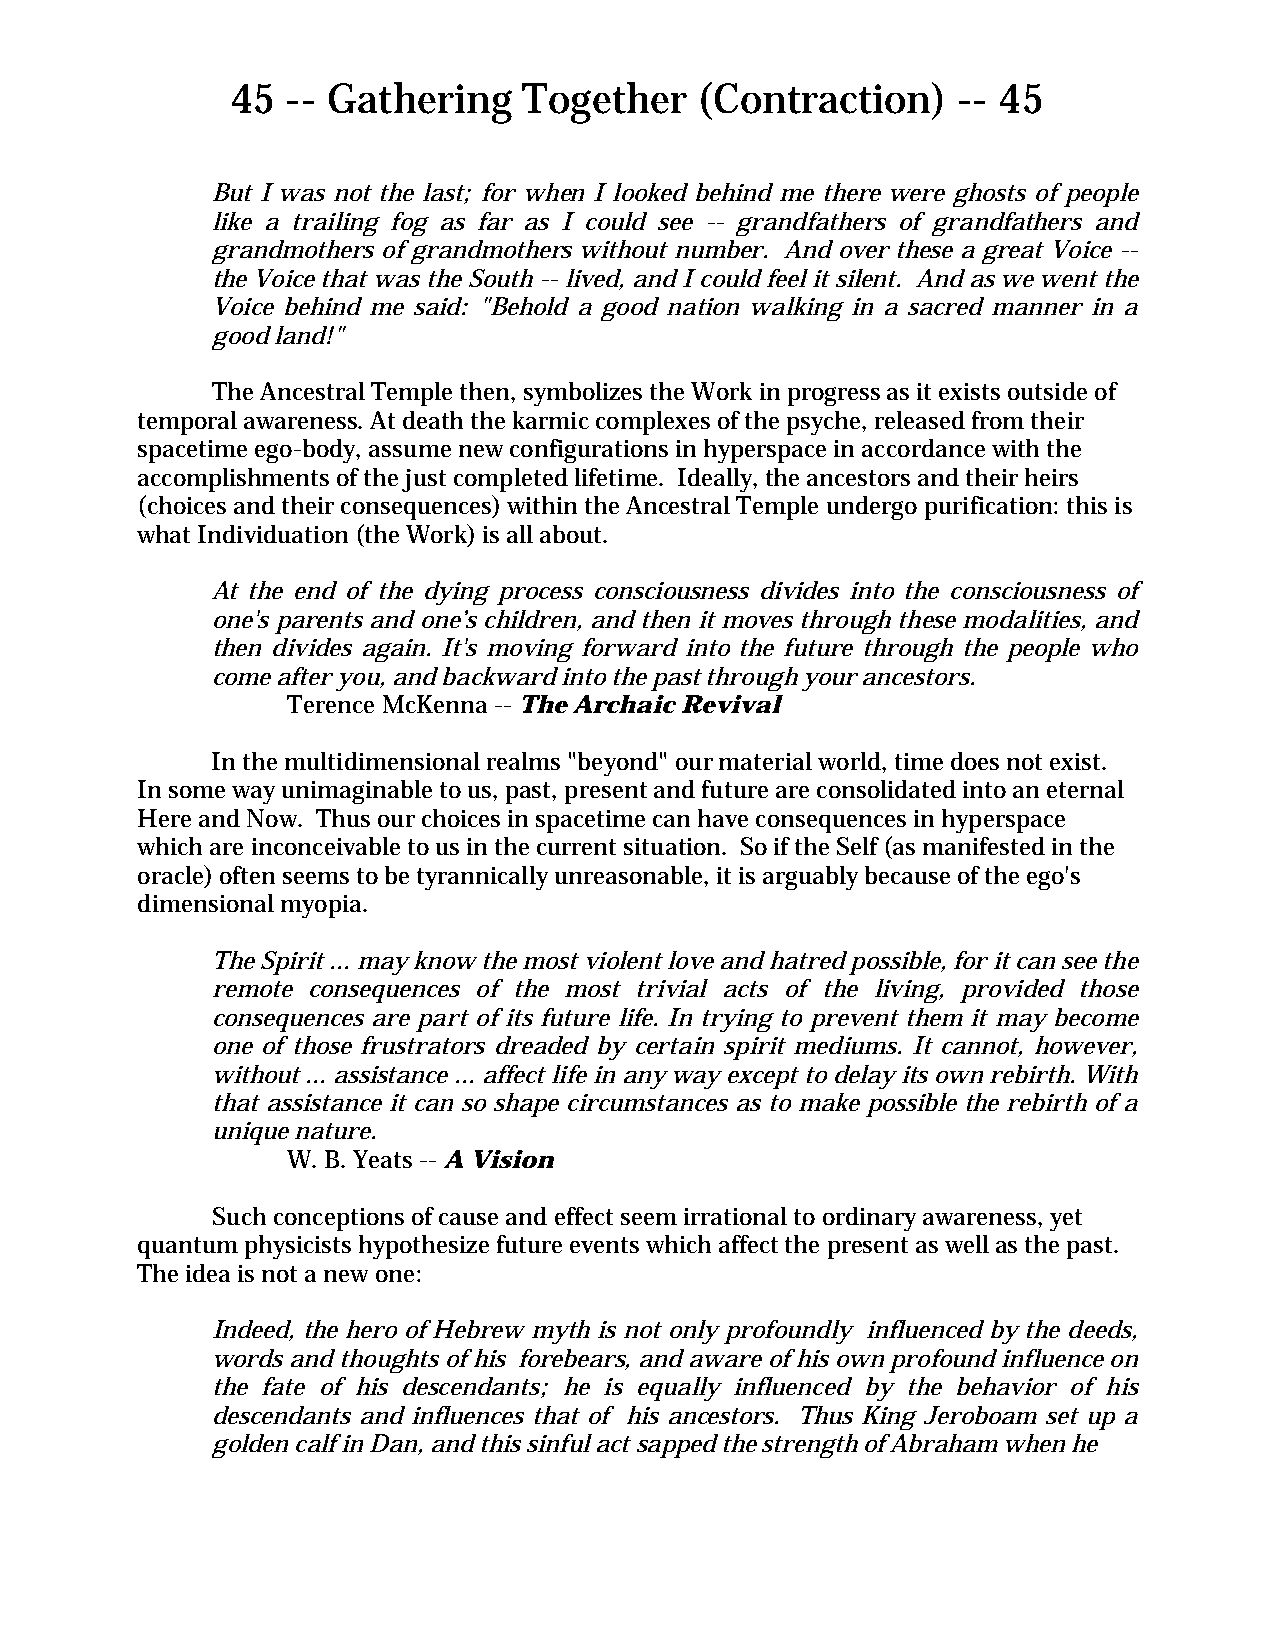
45  -- Gathering    Together   (Contraction)    -- 45
 But I was not the last; for when I looked behind me there were ghosts of people
 like a trailing fog as far as I could see -- grandfathers of grandfathers and
 grandmothers of grandmothers without number. And over these a great Voice --
 the Voice that was the South -- lived, and I could feel it silent. And as we went the
 Voice behind me said: "Behold a good nation walking in a sacred manner in a
 good land!"
 The Ancestral Temple then, symbolizes the Work in progress as it exists outside of
 temporal awareness. At death the karmic complexes of the psyche, released from their
 spacetime ego-body, assume new configurations in hyperspace in accordance with the
 accomplishments of the just completed lifetime. Ideally, the ancestors and their heirs
 (choices and their consequences) within the Ancestral Temple undergo purification: this is
 what Individuation (the Work) is all about.
 At the end of the dying process consciousness divides into the consciousness of
 one's parents and one’s children, and then it moves through these modalities, and
 then divides again. It's moving forward into the future through the people who
 come after you, and backward into the past through your ancestors.
 Terence McKenna -- The Archaic Revival
 In the multidimensional realms "beyond" our material world, time does not exist.
 In some way unimaginable to us, past, present and future are consolidated into an eternal
 Here and Now. Thus our choices in spacetime can have consequences in hyperspace
 which are inconceivable to us in the current situation. So if the Self (as manifested in the
 oracle) often seems to be tyrannically unreasonable, it is arguably because of the ego's
 dimensional myopia.
 The Spirit ... may know the most violent love and hatred possible, for it can see the
 remote consequences of the most trivial acts of the living, provided those
 consequences are part of its future life. In trying to prevent them it may become
 one of those frustrators dreaded by certain spirit mediums. It cannot, however,
 without ... assistance ... affect life in any way except to delay its own rebirth. With
 that assistance it can so shape circumstances as to make possible the rebirth of a
 unique nature.
 W. B. Yeats -- A Vision
 Such conceptions of cause and effect seem irrational to ordinary awareness, yet
 quantum physicists hypothesize future events which affect the present as well as the past.
 The idea is not a new one:
 Indeed, the hero of Hebrew myth is not only profoundly influenced by the deeds,
 words and thoughts of his forebears, and aware of his own profound influence on
 the fate of his descendants; he is equally influenced by the behavior of his
 descendants and influences that of his ancestors. Thus King Jeroboam set up a
 golden calf in Dan, and this sinful act sapped the strength of Abraham when he